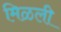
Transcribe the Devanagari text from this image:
मिळली